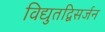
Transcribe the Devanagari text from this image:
विद्युतद्विसर्जन